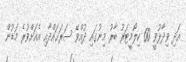
އަދި ވިދާޅުވީ 60 ކިލޯމީޓަރު ބާރު މިނުގައި ދުއްވޭ ސަރަޙައްދާއި އެއަށްވުރެ މަޑުން